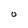
Character: O